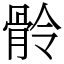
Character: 䯍